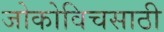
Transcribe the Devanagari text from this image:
जोकोविचसाठी